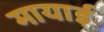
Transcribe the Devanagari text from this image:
मायाई